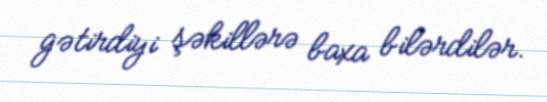
gətirdiyi şəkillərə baxa bilərdilər.